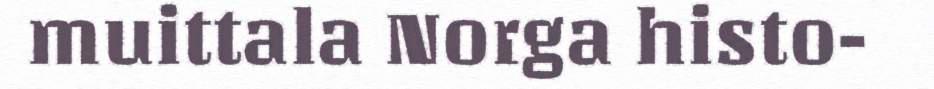
muittala Norga histo-